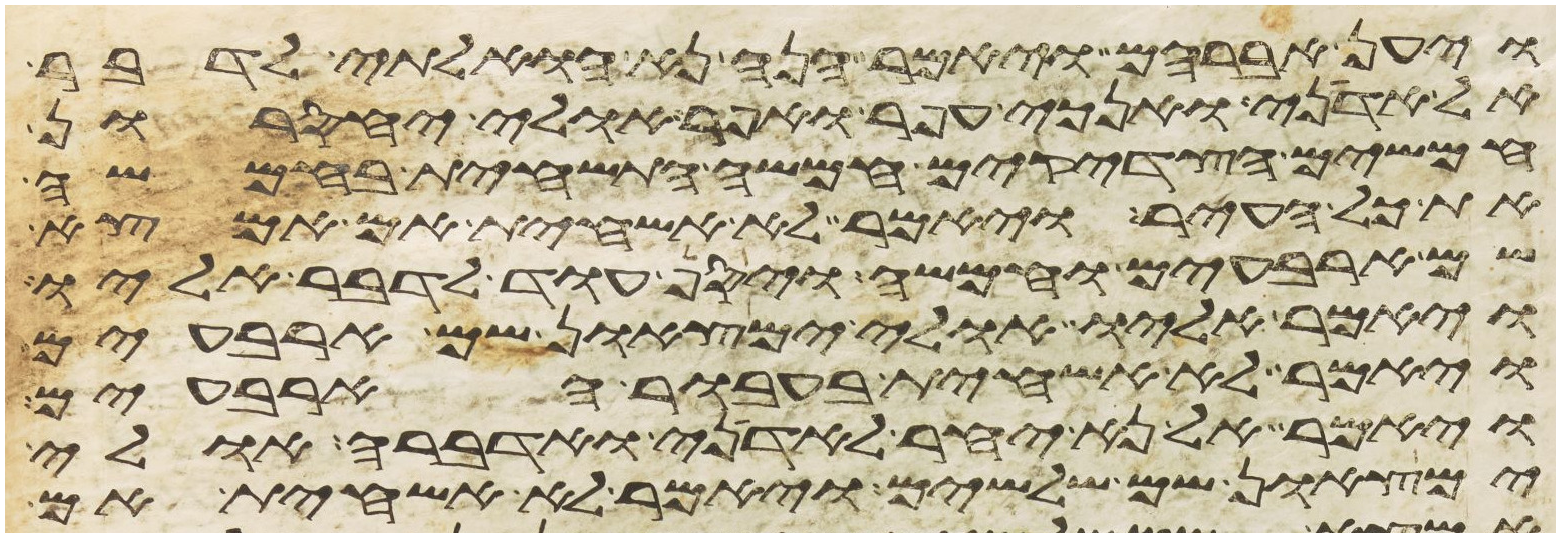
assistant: ויען אברהם ויאמר הנה נא הואלתי לדבר
אל אדני ואנכי עפר ואפר אולי יחסרון
חמשים הצדקים חמשה התשחית בחמשה
את כל העיר ויאמר לא אשחית אם אמצא
שם ארבעים וחמשה ויסף עוד לדבר אליו
ויאמר אליו אולי ימצאון שם ארבעים
ויאמר לא אשחית בעבור הארבעים
ויאמר אל נא יחר לאדני ואדברה אולי
ימצאון שם שלשים ויאמר לא אשחית אם